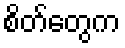
စိတ်တွေက